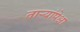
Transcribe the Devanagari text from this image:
तार्‍यांपेक्षा